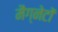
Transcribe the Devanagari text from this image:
मैग्नेटों